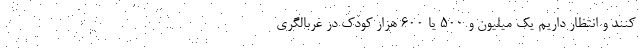
کنند و انتظار داریم یک میلیون و ۵۰۰ یا ۶۰۰ هزار کودک در غربالگری